Leaving Certificate Examination, 1904
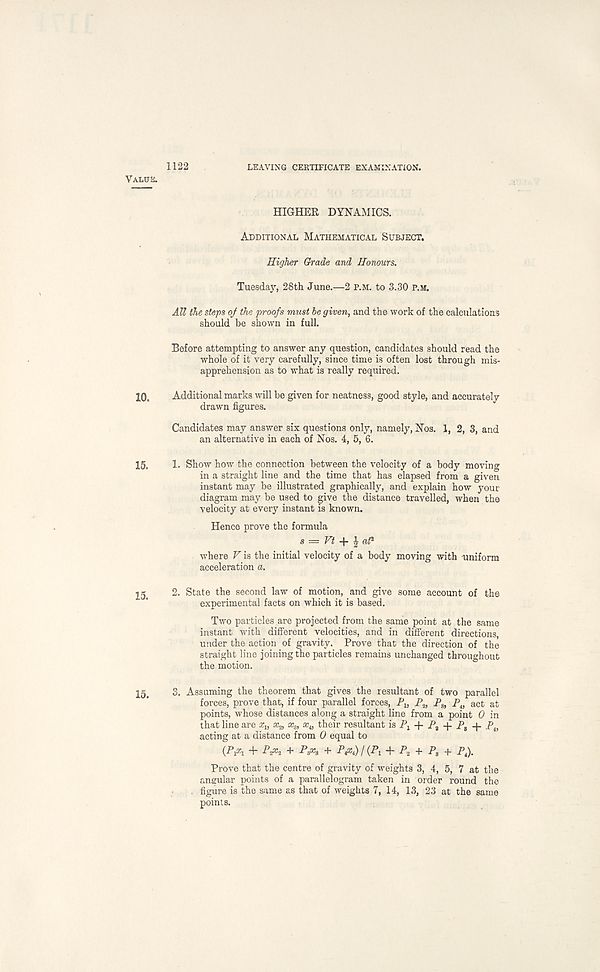
1122
LEAVING CERTIFICATE EXAMINATION.
HIGHER DYNAMICS.
Additional Mathematical Subject.
Higher Grade and Honours.
Tuesday, 28th June.—2 p.m. to 3.30 p.m.
All the steps oj the proofs must be given, and the work of the calculations
should be shown in full.
Before attempting to answer any question, candidates should read the
whole of it very carefully, since time is often lost through mis-
apprehension as to what is really required.
Additional marks will be given for neatness, good style, and accurately
drawn figures.
Candidates may answer six questions only, namely, Nos. 1, 2, 3, and
an alternative in each of Nos. 4, 5, 6.
1. Show how the connection between the velocity of a body moving
in a straight line and the time that has elapsed from a given
instant may be illustrated graphically, and explain how your
diagram may be used to give the distance travelled, when the
velocity at every instant is known.
Hence prove the formula
s = Vt \ aP
where V is the initial velocity of a body moving with uniform
acceleration a.
2. State the second law of motion, and give some account of the
experimental facts on which it is based.
Two particles are projected from the same point at the same
instant with different velocities, and in different directions,
under the action of gravity. Prove that the direction of the
straight line joining the particles remains unchanged throughout
the motion.
3. Assuming the theorem that gives the resultant of two parallel
forces, prove that, if four parallel forces, P lt P 2 , P 3 , P u act at
points, whose distances along a straight line from a point 0 in
that line are x u x 2 , x s , x 4 , their resultant is P 1 -f P 3 -f P a -f- P 4)
acting at a distance from 0 equal to
(Pi*! + + P^s + P&i) I (Pi + P* + P t + P 4 ).
Prove that the centre of gravity of weights 3, 4, 5, 7 at the
angular points of a parallelogram taken in order round the
. figure is the same as that of weights 7, 14, 13, 23 at the same
points.